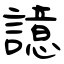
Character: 譩